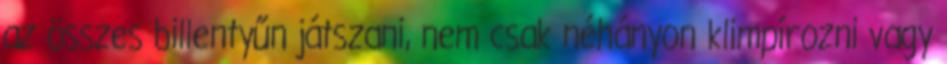
az összes billentyűn játszani, nem csak néhányon klimpírozni vagy